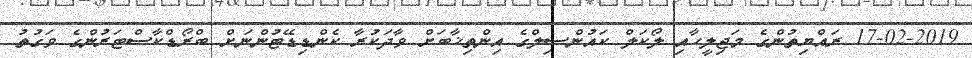
17-02-2019 ރައްޔިތުންގެ މަޖިލީހާއި ލޯކަލް ކައުންސިލްގެ އިންތިޚާބަށް ވާދަކުރާ ކެންޑިޑޭޓުންނަށް ބްރޯޑްކާސްޓަރުންގެ ވަގުތު